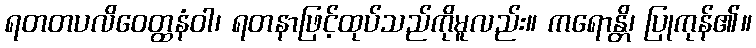
ရတတပလိဝေတ္ထနံဝါ၊ ရတနာဖြင့်ထုပ်သည်ကိုမူလည်း။ ကရောန္တိ၊ ပြုကုန်၏။